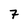
Character: 7